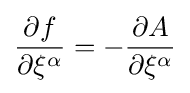
{\frac {\partial f}{\partial \xi ^{\alpha }}}=-{\frac {\partial A}{\partial \xi ^{\alpha }}}